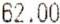
62.00